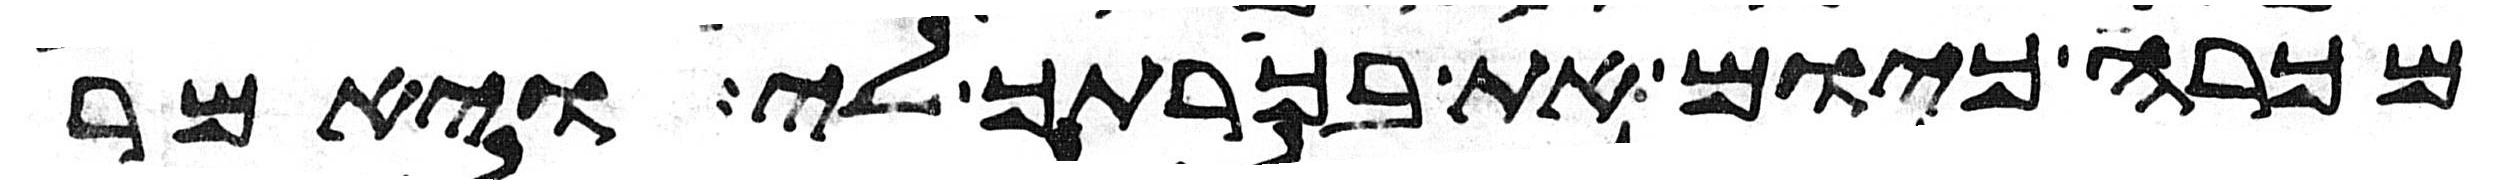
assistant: מכרה כיום את בכרתך לי ויאמר